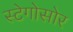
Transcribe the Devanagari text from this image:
स्टेगोसोर